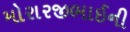
મોરારજીભાઈની